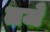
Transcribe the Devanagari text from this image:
तजे